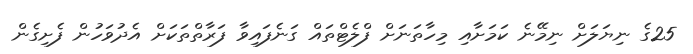
25ގެ ނިޔަލަށް ނިމޭނެ ކަމަށާއި މިހާތަނަށް ފްލެޓްތައް ގަނެފައިވާ ފަރާތްތަކަށް އެދުވަހުން ފެށިގެން